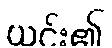
ယင်း၏